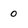
Character: 0